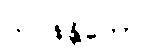
သဝနန္တိကော